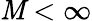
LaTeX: \mathit{M}<\infty